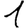
Digit: 1